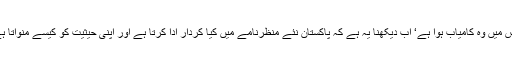
جس میں وہ کامیاب ہوا ہے‘ اب دیکھنا یہ ہے کہ پاکستان نئے منظرنامے میں کیا کردار ادا کرتا ہے اور اپنی حیثیت کو کیسے منواتا ہے۔